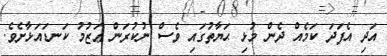
އަދި އެފަދަ ކަމެއް ދެން މުޅި ޙަޔާތުގައި ވެސް ނުކުރަން ޢަޒުމު ކަނޑައަޅާށެވެ.